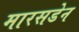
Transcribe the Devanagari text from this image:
मारसडेन